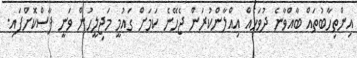
އިންތިހާބުތައް ބާއްވާނެ ދުވަހެއް އިއްލާންކުރަން ޖެހޭނެ ކަމަށް ގައުމީ މަޖިލީހުން ވަނީ ފާސްކޮށްފައި.